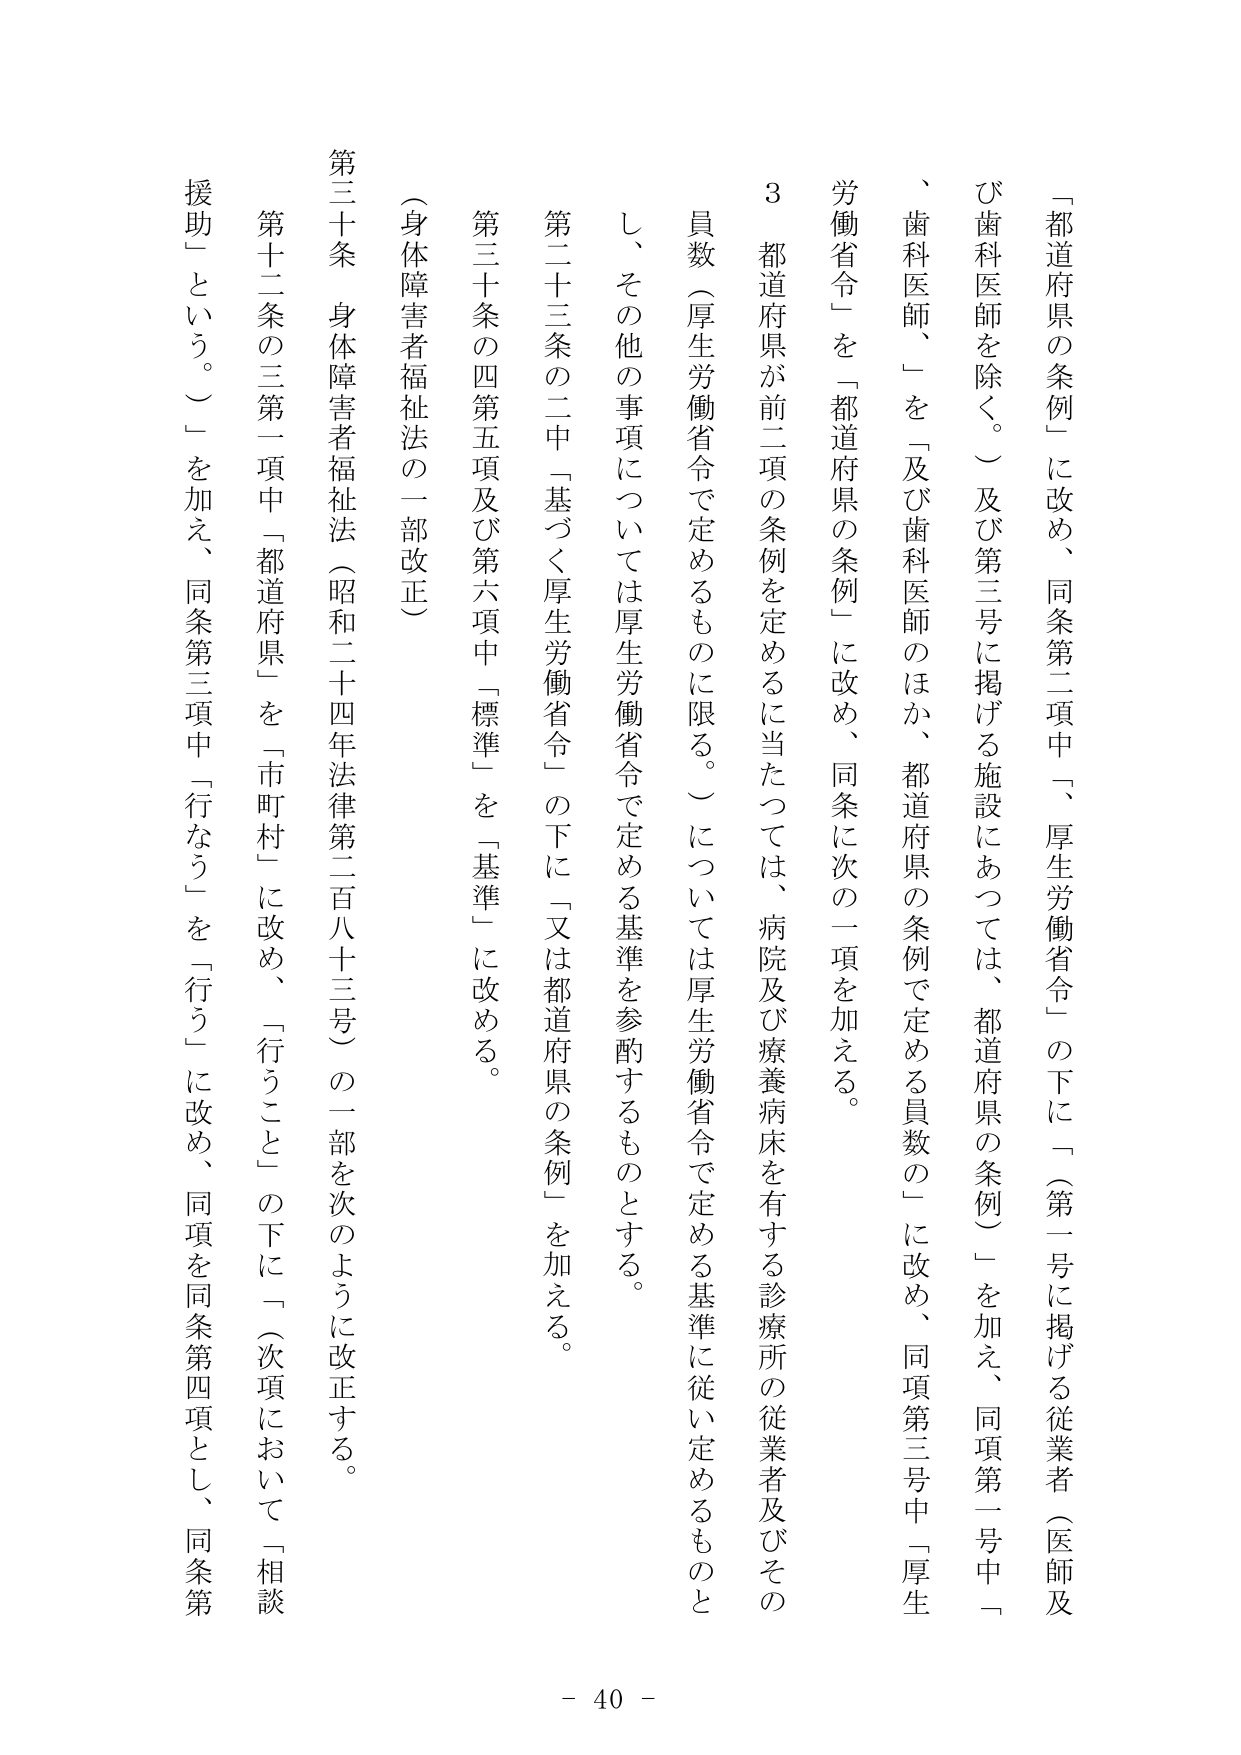
「都道府県の条例」に改め、同条第二項中「厚生労働省令」の下に「（第一号に掲げる従業者（医師及び歯科医師を除く。）及び第三号に掲げる施設にあっては、都道府県の条例）」を加え、同項第一号中「歯科医師、」を「及び歯科医師のほか、都道府県の条例で定める員数の」に改め、同項第三号中「厚生労働省令」を「都道府県の条例」に改め、同条に次の一項を加える。

３ 都道府県が前二項の条例を定めるに当たっては、病院及び療養病床を有する診療所の従業者及びその員数（厚生労働省令で定めるものに限る。）については厚生労働省令で定める基準に従い定めるものとし、その他の事項については厚生労働省令で定める基準を参酌するものとする。

第二十三条の二中「基づく厚生労働省令」の下に「又は都道府県の条例」を加える。

第三十条の四第五項及び第六項中「標準」を「基準」に改める。

（身体障害者福祉法の一部改正）

第三十条 身体障害者福祉法（昭和二十四年法律第二百八十三号）の一部を次のように改正する。

第十二条の三第一項中「都道府県」を「市町村」に改め、「行うこと」の下に「（次項において「相談援助」という。）」を加え、同条第三項中「行なう」を「行う」に改め、同項を同条第四項とし、同条第

- 40 -